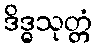
ဒိဒ္ဓသုတ္တံ